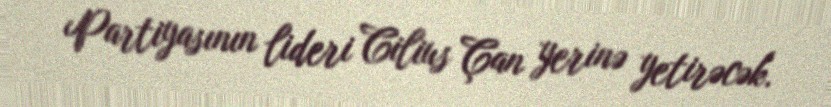
Partiyasının lideri Cilius Çan yerinə yetirəcək.